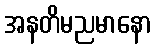
အနတိမညမာနော